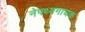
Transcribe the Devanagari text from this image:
नेपथ्यगायक